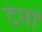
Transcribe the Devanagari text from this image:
द्रंमों